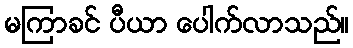
မကြာခင် ပီယာ ပေါက်လာသည်။